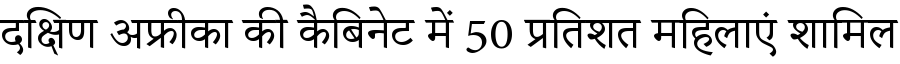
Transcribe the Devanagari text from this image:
दक्षिण अफ्रीका की कैबिनेट में 50 प्रतिशत महिलाएं शामिल